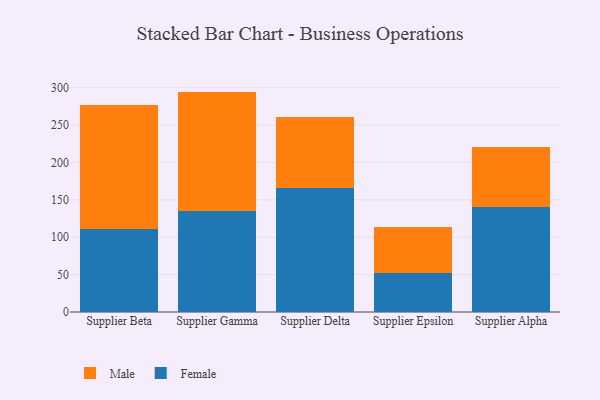
{"axis": {"x": "Supplier", "y": "Page Views"}, "legend": ["Female", "Male"], "data": [{"x": "Supplier Beta", "y": 110.6, "type": "Female"}, {"x": "Supplier Beta", "y": 166.4, "type": "Male"}, {"x": "Supplier Gamma", "y": 135.6, "type": "Female"}, {"x": "Supplier Gamma", "y": 159.1, "type": "Male"}, {"x": "Supplier Delta", "y": 165.8, "type": "Female"}, {"x": "Supplier Delta", "y": 94.3, "type": "Male"}, {"x": "Supplier Epsilon", "y": 52.8, "type": "Female"}, {"x": "Supplier Epsilon", "y": 61.2, "type": "Male"}, {"x": "Supplier Alpha", "y": 140.2, "type": "Female"}, {"x": "Supplier Alpha", "y": 79.9, "type": "Male"}]}